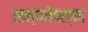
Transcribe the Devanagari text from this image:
सभ्यतेतल्या